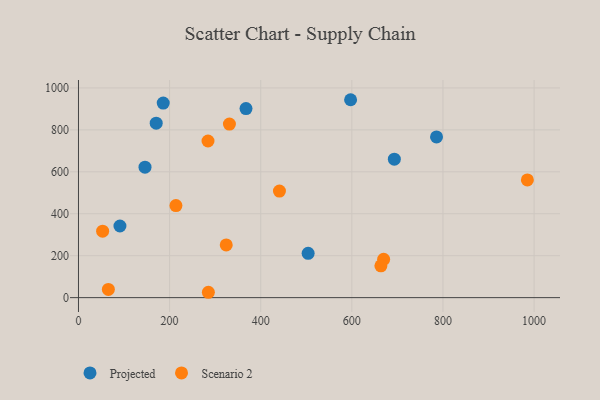
{"axis": {"x": "Investment", "y": "Profit"}, "legend": ["Projected", "Scenario 2"], "data": [{"x": "504.1", "y": 211.1, "type": "Projected"}, {"x": "170.6", "y": 831.8, "type": "Projected"}, {"x": "693.3", "y": 660.1, "type": "Projected"}, {"x": "91.0", "y": 341.5, "type": "Projected"}, {"x": "367.7", "y": 901.5, "type": "Projected"}, {"x": "597.3", "y": 943.7, "type": "Projected"}, {"x": "146.0", "y": 622.3, "type": "Projected"}, {"x": "186.0", "y": 927.6, "type": "Projected"}, {"x": "785.9", "y": 766.2, "type": "Projected"}, {"x": "213.9", "y": 438.8, "type": "Scenario 2"}, {"x": "53.0", "y": 317.0, "type": "Scenario 2"}, {"x": "65.6", "y": 39.2, "type": "Scenario 2"}, {"x": "324.3", "y": 251.3, "type": "Scenario 2"}, {"x": "285.1", "y": 25.6, "type": "Scenario 2"}, {"x": "441.1", "y": 508.0, "type": "Scenario 2"}, {"x": "985.3", "y": 561.4, "type": "Scenario 2"}, {"x": "669.8", "y": 182.5, "type": "Scenario 2"}, {"x": "331.3", "y": 827.7, "type": "Scenario 2"}, {"x": "284.3", "y": 747.0, "type": "Scenario 2"}, {"x": "663.8", "y": 151.8, "type": "Scenario 2"}]}